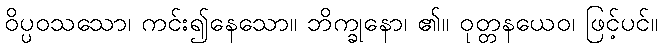
ဝိပ္ပဝသသော၊ ကင်း၍နေသော။ ဘိက္ခုနော၊ ၏။ ဝုတ္တနယေဝ၊ ဖြင့်ပင်။